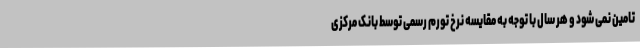
تامین نمی شود و هر سال با توجه به مقایسه نرخ تورم رسمی توسط بانک مرکزی